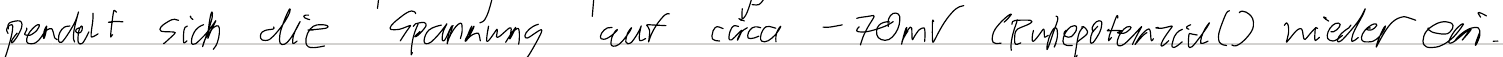
pendelt sich die Spannung auf circa -70mV (Ruhepotenzial) wieder ein.